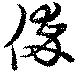
倅